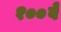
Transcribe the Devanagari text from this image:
१००वे